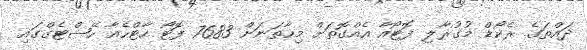
ދައްތަގެ ރެކޯޑް މުގުރާލި ފޮޓޯއާ އެއްގޮތަށް މިހާތަނަށް 7683 ފޮޓޯ ހާޓްހެއާ ހޭޝްޓެގްގައި